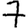
Digit: 7